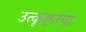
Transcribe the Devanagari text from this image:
उत्कृष्टतेचा